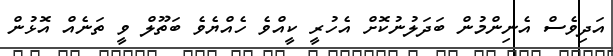
އަދިވެސް އެނިންމުން ބަދަލުނުކޮށް އެހުރީ ކީއްވެ ހެއްޔެވެ ބަތޫލް ވީ ތަނެއް އޮޅުން